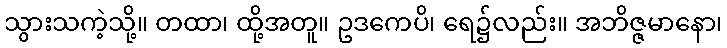
သွားသကဲ့သို့။ တထာ၊ ထို့အတူ။ ဥဒကေပိ၊ ရေ၌လည်း။ အဘိဇ္ဇမာနော၊